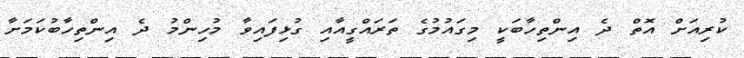
ކުރިއަށް އޮތް ދެ އިންތިހާބަކީ މިގައުމުގެ ތަރައްގީއާއި ގުޅިފައިވާ މުހިންމު ދެ އިންތިހާބުކަމަށާ